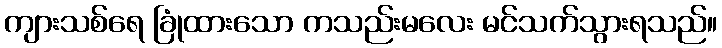
ကျားသစ်ရေ ခြုံထားသော ကသည်းမလေး မင်သက်သွားရသည်။